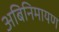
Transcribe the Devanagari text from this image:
अबिनिमायण